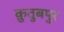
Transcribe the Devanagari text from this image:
क़ुतुबपुर